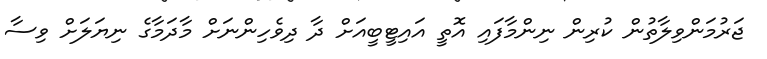
ޖަރުމަންވިލާތުން ކުރިން ނިންމާފައި އޮތީ އައިޓީބީއަށް ދާ ދިވެހިންނަށް މާދަމާގެ ނިޔަލަށް ވިސާ